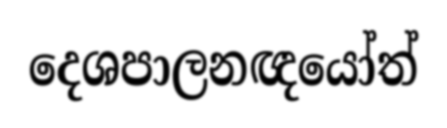
දෙශපාලනඥයෝත්